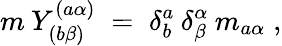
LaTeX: m\: Y_{(b\beta)}^{(a\alpha)}\; =\; \delta_{b}^{a}\: \delta_{\beta}^{\alpha}\: m_{a\alpha}\; ,